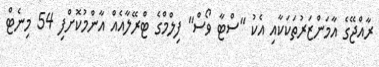
ރާއްޖޭގެ އާމަންޒަރުތަކަކާއި އެކު "ސްޓާ ވޯސް" ފިލްމްގެ ޓްރޭލާއެއް އާންމުކޮށްފި 54 މިނެޓް